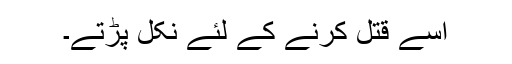
اسے قتل کرنے کے لئے نکل پڑتے۔